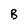
Character: B